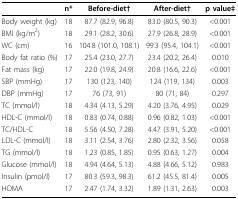
|  | n* | Before-diet† | After-diet† | p value‡ |
 | --- | --- | --- | --- | --- |
 | Body weight (kg) | 18 | 87.7 (82.9, 96.8) | 83.0 (80.5, 90.3) | <0.001 |
 | BMI (kg/m2) | 18 | 29.1 (28.2, 30.6) | 27.9 (26.8, 28.9) | <0.001 |
 | WC (cm) | 16 | 104.8 (101.0, 108.1) | 99.3 (95.4, 104.1) | <0.001 |
 | Body fat ratio (%) | 17 | 25.4 (23.0, 27.7) | 23.4 (20.2, 26.4) | 0.010 |
 | Fat mass (kg) | 17 | 22.0 (19.8, 24.9) | 20.8 (16.6, 22.6) | <0.001 |
 | SBP (mmHg) | 17 | 130 (123, 140) | 124 (119, 134) | 0.003 |
 | DBP (mmHg) | 17 | 76 (73, 91) | 80 (71, 84) | 0.297 |
 | TC (mmol/l) | 18 | 4.34 (4.13, 5.29) | 4.20 (3.76, 4.95) | 0.029 |
 | HDL-C (mmol/l) | 18 | 0.83 (0.74, 0.88) | 0.96 (0.82, 1.03) | <0.001 |
 | TC/HDL-C | 18 | 5.56 (4.50, 7.28) | 4.47 (3.91, 5.20) | <0.001 |
 | LDL-C (mmol/l) | 18 | 3.11 (2.54, 3.76) | 2.80 (2.32, 3.56) | 0.058 |
 | TG (mmol/l) | 18 | 1.23 (0.85, 1.85) | 0.95 (0.63, 1.27) | 0.004 |
 | Glucose (mmol/l) | 18 | 4.94 (4.64, 5.13) | 4.88 (4.66, 5.12) | 0.983 |
 | Insulin (pmol/l) | 17 | 80.3 (59.3, 98.3) | 61.2 (45.5, 81.4) | 0.005 |
 | HOMA | 17 | 2.47 (1.74, 3.32) | 1.89 (1.31, 2.63) | 0.003 |